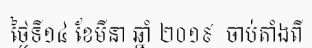
ថ្ងៃទី១៤ ខែមីនា ឆ្នាំ ២០១៩  ចាប់តាំងពី